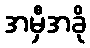
အမှီအခို